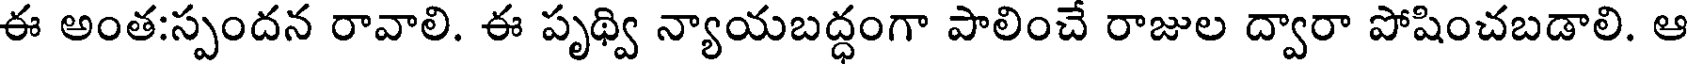
ఈ అంత:స్పందన రావాలి. ఈ పృథ్వి న్యాయబద్ధంగా పాలించే రాజుల ద్వారా పోషించబడాలి. ఆ